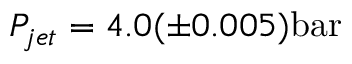
P _ { j e t } = 4 . 0 ( \pm 0 . 0 0 5 ) \mathrm { b a r }